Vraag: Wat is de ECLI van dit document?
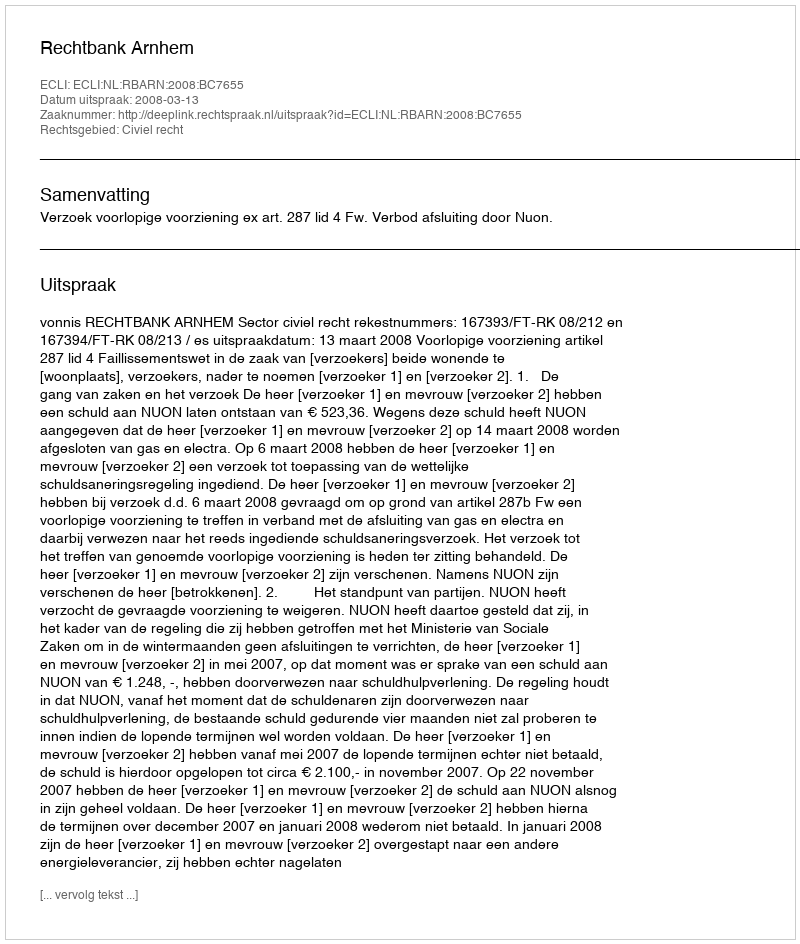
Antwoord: ECLI:NL:RBARN:2008:BC7655